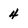
Character: 4